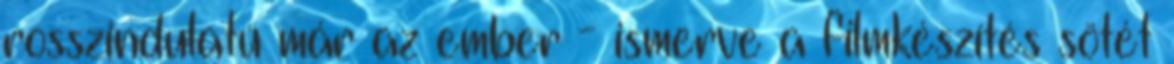
rosszindulatú már az ember - ismerve a filmkészítés sötét